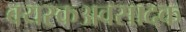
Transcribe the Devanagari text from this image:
वयस्कअवसादक